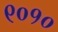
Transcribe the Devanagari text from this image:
९०१०